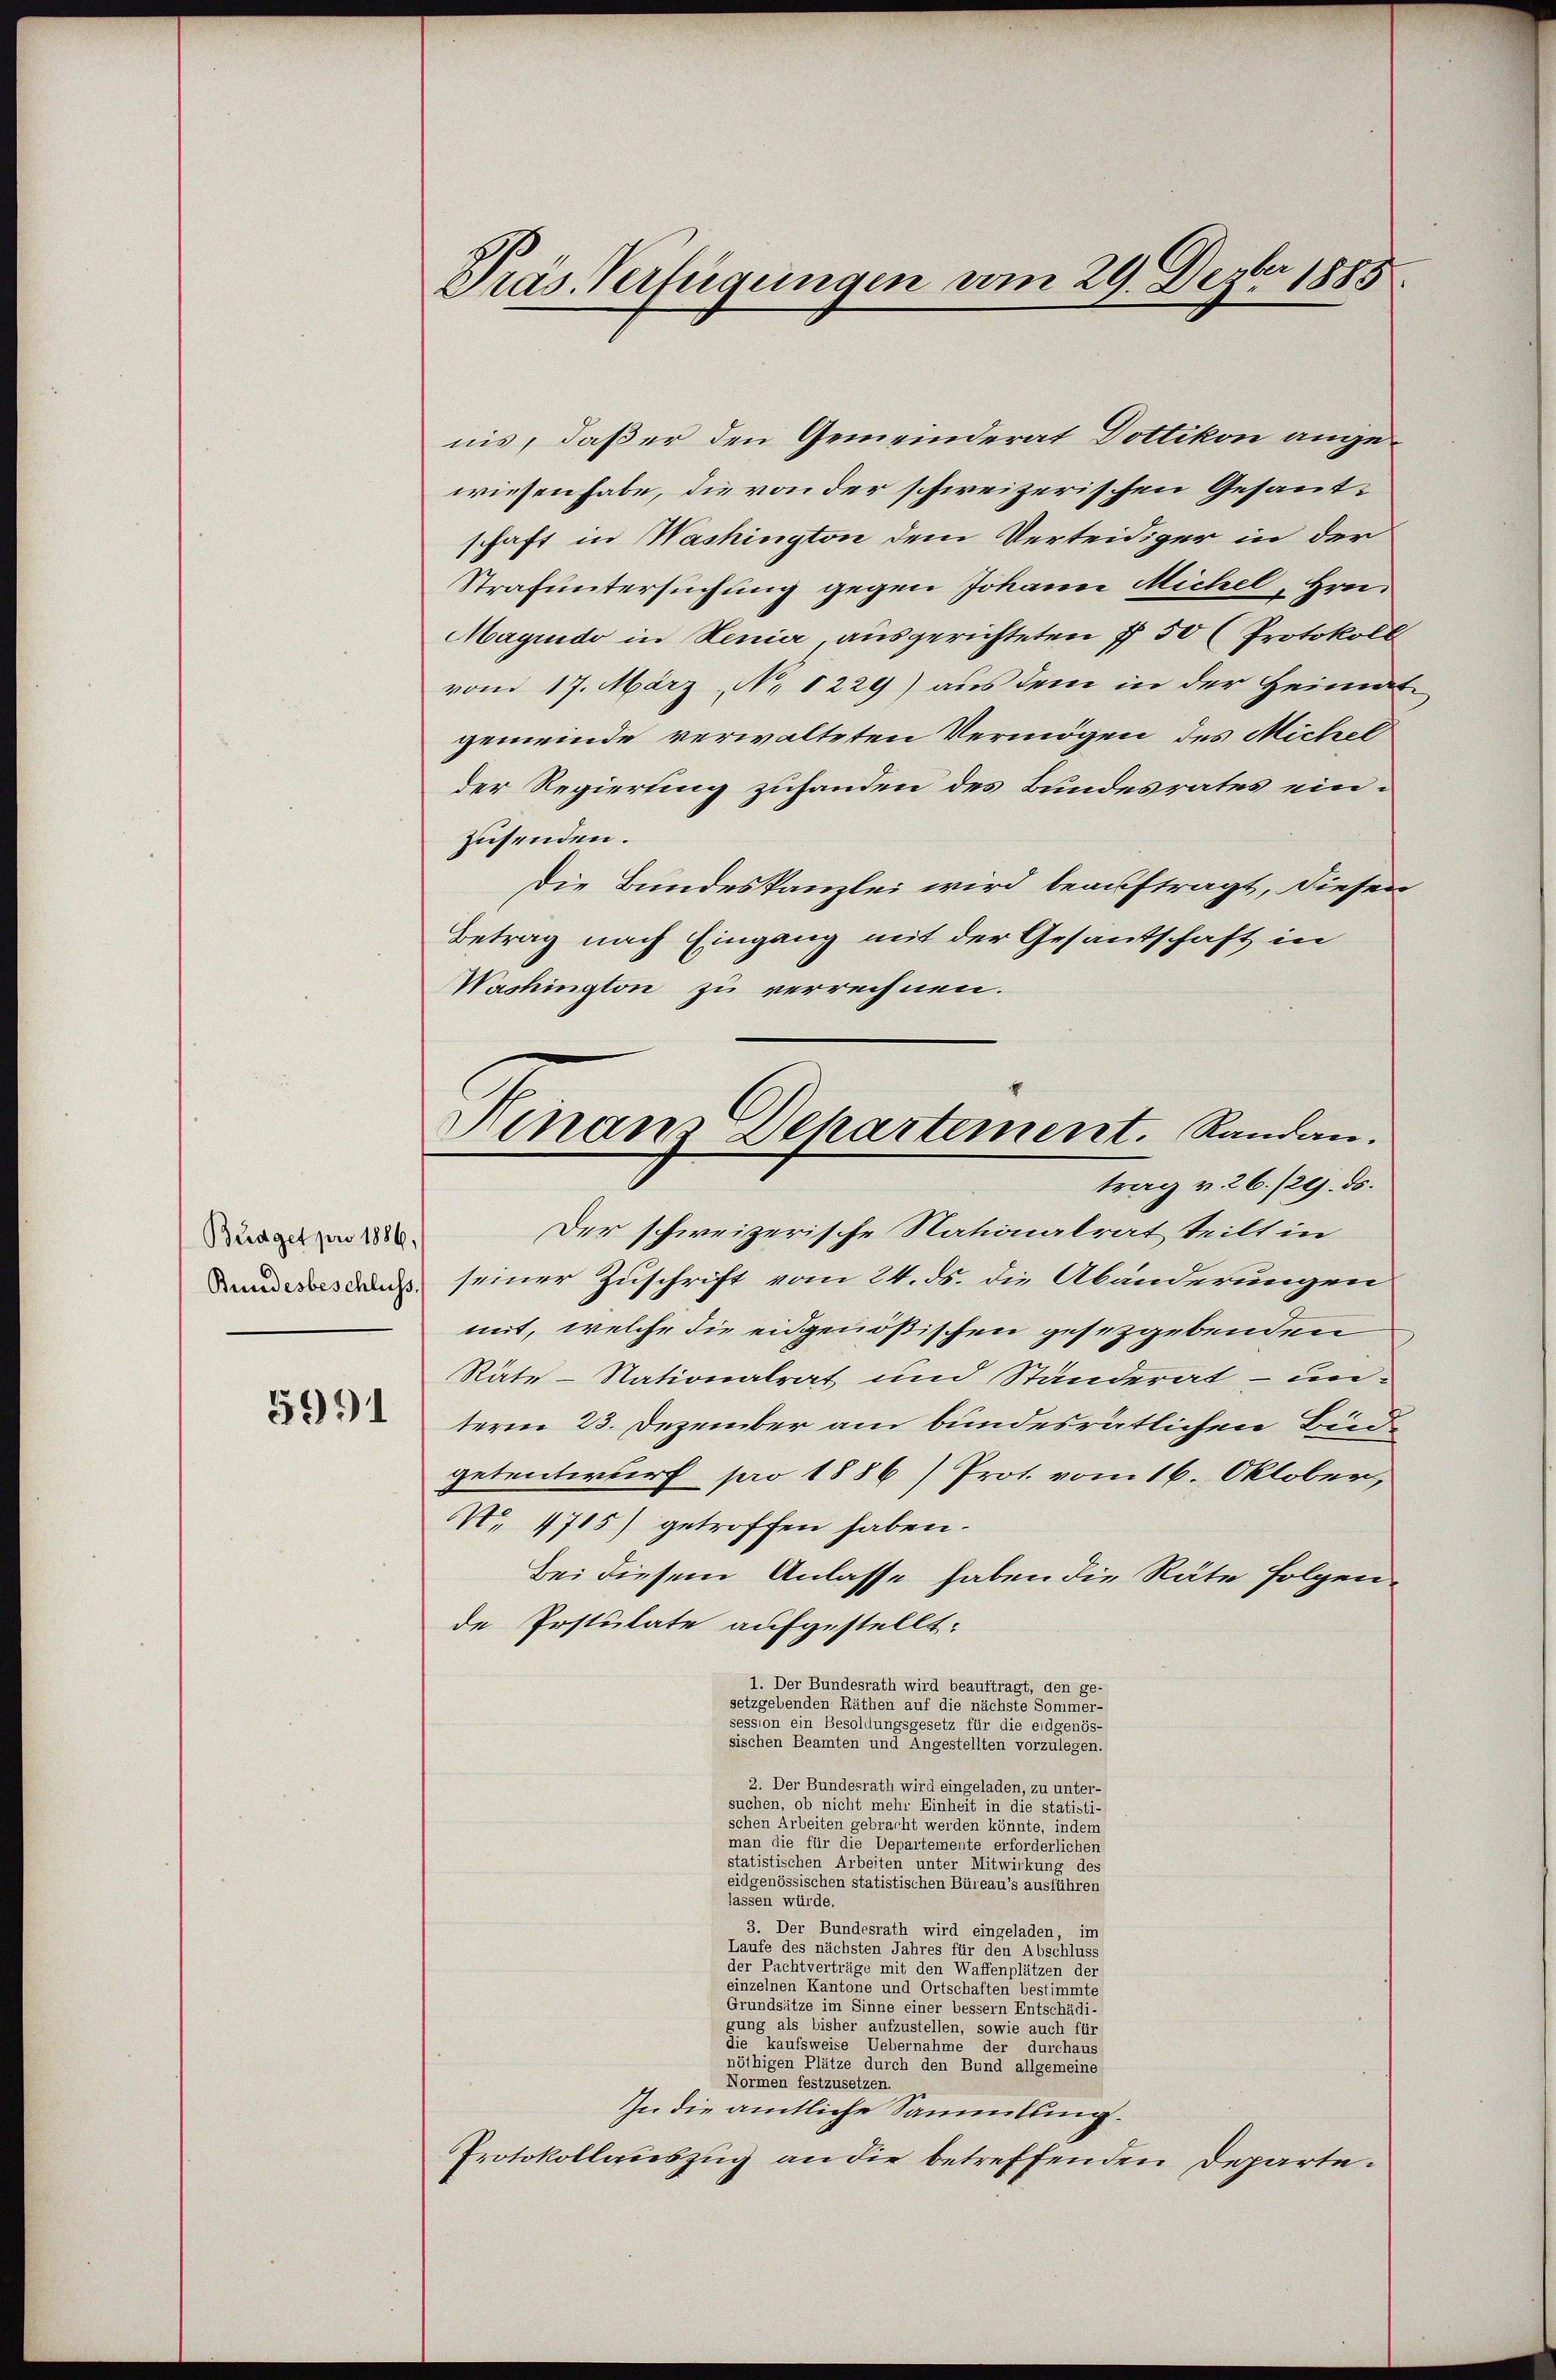
Budget pro 1886,

5991

Pras. Verfügungen vom 29. Feber 1885

Ninaus Departement. Randan
trag v. 26./29. ds.

nis, daß er den Gemeinderat Dottikon angewiesen habe, die von der schweizerischen Gesantschaft in Washington dem Verteidiger in der
Strafuntersuchung gegen Johann Michel, Hrn.
Maginido in Lenier, ausgerichteten 7 50 (Protokoll
vom 17. März, No 1229) aus dem in der Heimat-
gemeinde verwalteten Vermögen des Michel
der Regierung zuhanden des Bundesrates einzusenden.
Die Bundeskanzlei wird beauftragt, diesen
Betrag nach Eingang mit der Gesantschaft in
Washington zu verrechnen.
Der schweizerische Nationalrat teilt in
Dandass dans seiner Zuschrift vom 24. ds. die Abänderungen
mit, welche die eidgenößischen gesetzgebenden
Räte-Nationalrat und Standerat – unterm 23. Dezember am bundesrätlichen Büdgetentwurf pro 1886/ Prot. vom 16. Oktober,
NNo. 1715) getroffen haben.
Bei diesem Anlasse haben die Räte folgende Irstulate aufgestellt:
1. Der Bundesrath wird beauftragt, den ge-
setzgebenden Räthen auf die nächste Sommer-

iechen Beamten und Angestellten vorzulegen.
2. Der Bundesrath wird eingeladen, zu unter-
suchen, ob nicht mehr Einheit in die stat
schen Arbeiten gebracht werden könnte, in die eine
man die für die Departemente erforderlichen
statistischen Arbeiten unter Mitwirkung des
eidgenössischen statistischen Büreau’s ausführen
lassen würde.
3. Der Bundesrath wird eingeladen, im
Laufe des nächsten Jahres für den Abschluss
de
einzelnen Kantone und Geschalten bestimmte

a
die kaufsweise der eine eine einen einen der durchaus
e
Normen festzusetzen
In die amtliche Sammlung.
Protokollauszug an die betreffenden Departe.